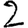
Digit: 2